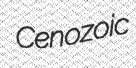
Cenozoic